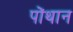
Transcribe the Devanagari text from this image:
पोंथान